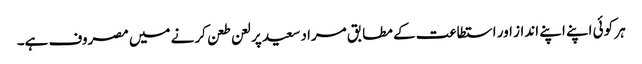
ہر کوئی اپنے اپنے انداز اور استطاعت کے مطابق مراد سعید پر لعن طعن کرنے میں مصروف ہے۔